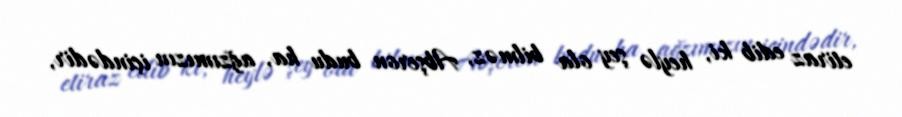
etiraz edib ki, heylə şey ola bilməz, Abşeron budu ha, ağzımızın içindədir,